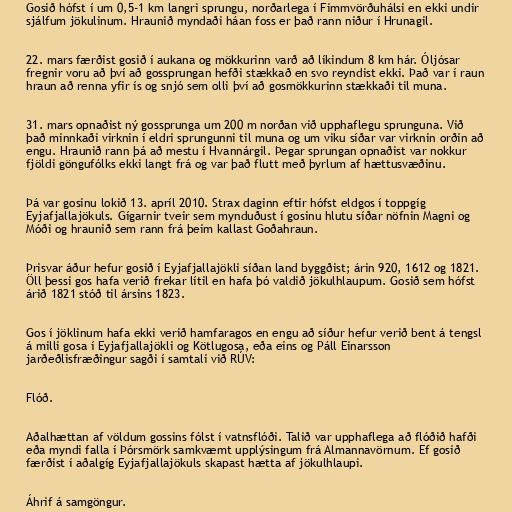
Gosið hófst í um 0,5-1 km langri sprungu, norðarlega í Fimmvörðuhálsi en ekki undir
sjálfum jökulinum. Hraunið myndaði háan foss er það rann niður í Hrunagil.

22. mars færðist gosið í aukana og mökkurinn varð að líkindum 8 km hár. Óljósar
fregnir voru að því að gossprungan hefði stækkað en svo reyndist ekki. Það var í raun
hraun að renna yfir ís og snjó sem olli því að gosmökkurinn stækkaði til muna.

31. mars opnaðist ný gossprunga um 200 m norðan við upphaflegu sprunguna. Við
það minnkaði virknin í eldri sprungunni til muna og um viku síðar var virknin orðin að
engu. Hraunið rann þá að mestu í Hvannárgil. Þegar sprungan opnaðist var nokkur
fjöldi göngufólks ekki langt frá og var það flutt með þyrlum af hættusvæðinu.

Þá var gosinu lokið 13. apríl 2010. Strax daginn eftir hófst eldgos í toppgíg
Eyjafjallajökuls. Gígarnir tveir sem mynduðust í gosinu hlutu síðar nöfnin Magni og
Móði og hraunið sem rann frá þeim kallast Goðahraun.

Þrisvar áður hefur gosið í Eyjafjallajökli síðan land byggðist; árin 920, 1612 og 1821.
Öll þessi gos hafa verið frekar lítil en hafa þó valdið jökulhlaupum. Gosið sem hófst
árið 1821 stóð til ársins 1823.

Gos í jöklinum hafa ekki verið hamfaragos en engu að síður hefur verið bent á tengsl
á milli gosa í Eyjafjallajökli og Kötlugosa, eða eins og Páll Einarsson
jarðeðlisfræðingur sagði í samtali við RÚV:

Flóð.

Aðalhættan af völdum gossins fólst í vatnsflóði. Talið var upphaflega að flóðið hafði
eða myndi falla í Þórsmörk samkvæmt upplýsingum frá Almannavörnum. Ef gosið
færðist í aðalgíg Eyjafjallajökuls skapast hætta af jökulhlaupi.

Áhrif á samgöngur.